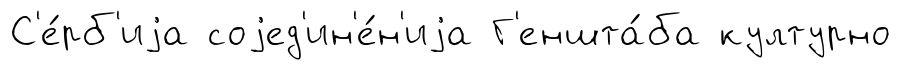
С'е́рб'иjа соjед'ин'е́н'иjа Г'еншта́ба културно